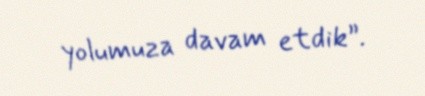
yolumuza davam etdik”.